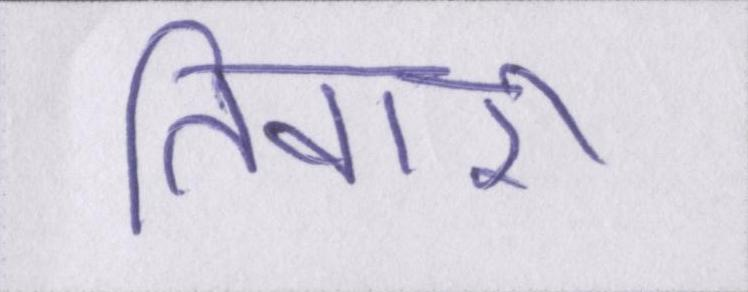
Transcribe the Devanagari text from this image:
तिवारी